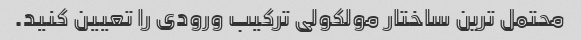
محتمل ترین ساختار مولکولی ترکیب ورودی را تعیین کنید.